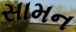
સામન